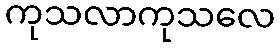
ကုသလာကုသလေ